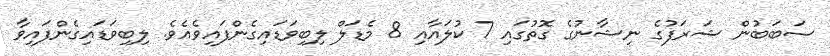
ސަބަބުން ޝަރަފުގެ ނިޝާނުގެ ގޮތުގައި 7 ކުލައާއި 8 މެޑަލް ލިބިވަޑައިގެންފައިވެއެވެ. ލިބިވަޑައިގެންފައިވާ